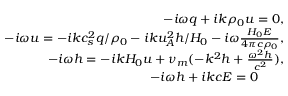
\begin{array} { r } { - i \omega q + i k \rho _ { 0 } u = 0 , } \\ { - i \omega u = - i k c _ { s } ^ { 2 } q / \rho _ { 0 } - i k u _ { A } ^ { 2 } h / H _ { 0 } - i \omega \frac { H _ { 0 } E } { 4 \pi c \rho _ { 0 } } , } \\ { - i \omega h = - i k H _ { 0 } u + \nu _ { m } ( - k ^ { 2 } h + \frac { \omega ^ { 2 } h } { c ^ { 2 } } ) , } \\ { - i \omega h + i k c E = 0 \qquad } \end{array}